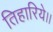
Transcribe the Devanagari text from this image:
तिहारिये।।